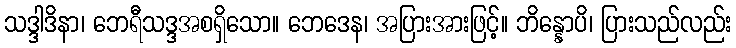
သဒ္ဒါဒိနာ၊ ဘေရီသဒ္ဒအစရှိသော။ ဘေဒေန၊ အပြားအားဖြင့်။ ဘိန္နောပိ၊ ပြားသည်လည်း